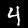
Digit: 4